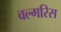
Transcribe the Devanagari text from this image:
वल्गरिस